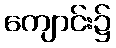
ကျောင်း၌